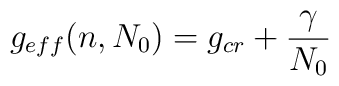
g_{eff}(n,N_0) = g_{cr} + {\gamma \over {N_0}}